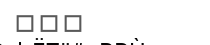
١١٠